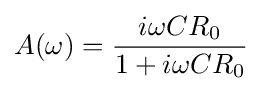
A(\omega )={\frac {i\omega CR_{0}}{1+i\omega CR_{0}}}